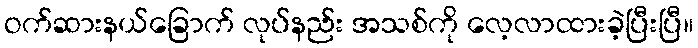
ဝက်ဆားနယ်ခြောက် လုပ်နည်း အသစ်ကို လေ့လာထားခဲ့ပြီးပြီ။